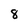
Character: 8